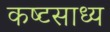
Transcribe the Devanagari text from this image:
कष्‍टसाध्‍य